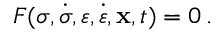
F ( { \boldsymbol { \sigma } } , { \dot { \boldsymbol { \sigma } } } , { \boldsymbol { \varepsilon } } , { \dot { \boldsymbol { \varepsilon } } } , \mathbf { x } , t ) = 0 \, .